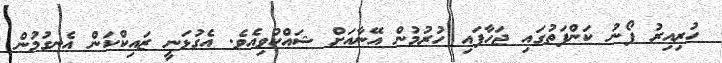
ހުރިއިރު ފޯނު ކަންފަތުގައި ޖަހާފައި ހުރުމުން އޭނާއަށް ޝައްކުވިއެވެ. އެގުޅަނީ ޒައިކްކަން އެނގުމުން